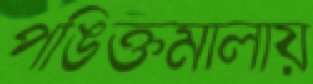
পঙিক্তমালায়